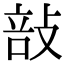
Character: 㪗